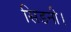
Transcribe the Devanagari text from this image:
सिडनी।